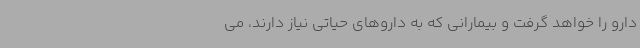
دارو را خواهد گرفت و بیمارانی که به داروهای حیاتی نیاز دارند، می‌